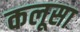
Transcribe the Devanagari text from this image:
कलूसा